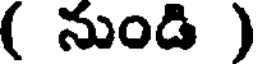
( నుండి )